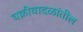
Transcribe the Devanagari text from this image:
चक्रीवादळांतील